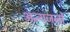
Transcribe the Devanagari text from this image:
अन्यजनों